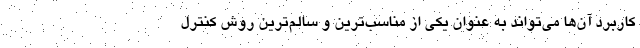
کاربرد آن‌ها می‌تواند به عنوان یکی از مناسب‌ترین و سالم‌ترین روش کنترل